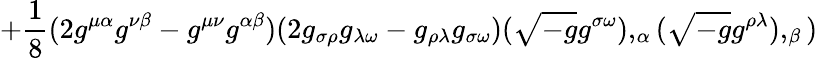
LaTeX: +{\frac{1}{8}}(2g^{\mu\alpha}g^{\nu\beta}-g^{\mu\nu}g^{\alpha\beta})(2g_{\sigma\rho}g_{\lambda\omega}-g_{\rho\lambda}g_{\sigma\omega})({\sqrt{-g}}g^{\sigma\omega}),_{\alpha}({\sqrt{-g}}g^{\rho\lambda}),_{\beta})